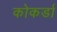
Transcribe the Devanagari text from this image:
कोकर्डा